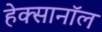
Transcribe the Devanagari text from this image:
हेक्सानॉल